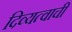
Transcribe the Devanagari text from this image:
दिव्यत्वाची